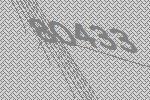
80433